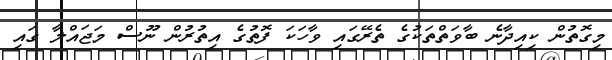
މިގޮތުން ކިއިދާނެ ބާވަތްތަކުގެ ތެރޭގައި ވާހަކަ ފޮތުގެ އިތުރުން ނޫސް މަޖައްލާ ގައި